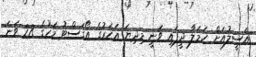
އަސީލުއަށް ހަމަލާ ދީފައި ވަނީ މިދިޔަ އަހަރުގެ އޯގަސްޓު މަހުގެ 28 ވަނަ